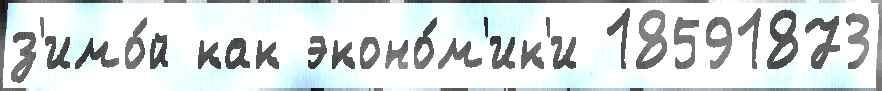
з'имо́й как эконо́м'ик'и 18591873